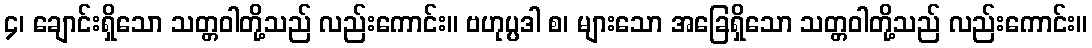
၄၊ ချောင်းရှိသော သတ္တဝါတို့သည် လည်းကောင်း။ ဗဟုပ္ပဒါ စ၊ များသော အခြေရှိသော သတ္တဝါတို့သည် လည်းကောင်း။